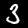
Digit: 3